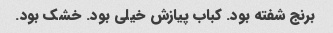
برنج شفته بود. کباب پیازش خیلی بود. خشک بود.